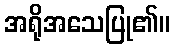
အရိုအသေပြု၏။